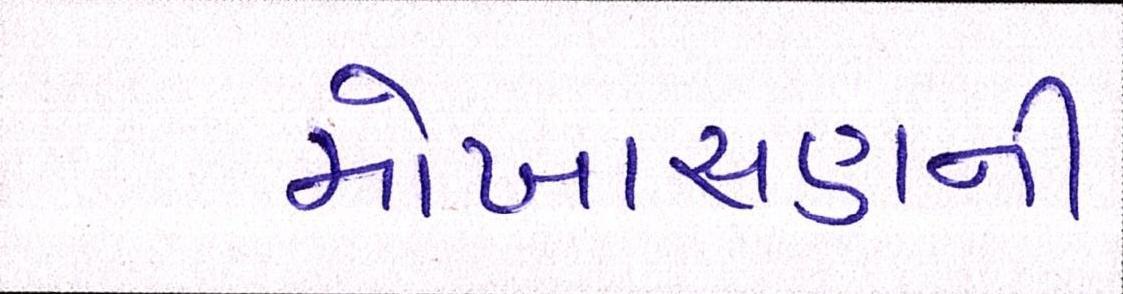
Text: મોખાસણની